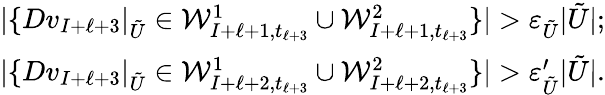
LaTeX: \begin{array}{r}{|\{ Dv_{I+\ell+3}|_{\tilde{U}}\in\mathcal{W}_{I+\ell+1,t_{\ell+3}}^{1}\cup\mathcal{W}_{I+\ell+1,t_{\ell+3}}^{2}\} |>\varepsilon_{\tilde{U}}|\tilde{U}|;}\\ {|\{ Dv_{I+\ell+3}|_{\tilde{U}}\in\mathcal{W}_{I+\ell+2,t_{\ell+3}}^{1}\cup\mathcal{W}_{I+\ell+2,t_{\ell+3}}^{2}\} |>\varepsilon_{\tilde{U}}^{\prime}|\tilde{U}|.}\end{array}